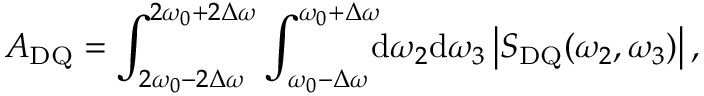
A _ { \mathrm { D Q } } = \int _ { 2 \omega _ { 0 } - 2 \Delta \omega } ^ { 2 \omega _ { 0 } + 2 \Delta \omega } \int _ { \omega _ { 0 } - \Delta \omega } ^ { \omega _ { 0 } + \Delta \omega } \! \! \! \ensuremath { \mathrm { d } } \omega _ { 2 } \ensuremath { \mathrm { d } } \omega _ { 3 } \left| S _ { \mathrm { D Q } } ( \omega _ { 2 } , \omega _ { 3 } ) \right| ,